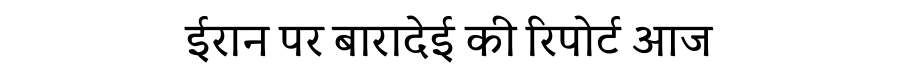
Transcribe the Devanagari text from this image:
ईरान पर बारादेई की रिपोर्ट आज